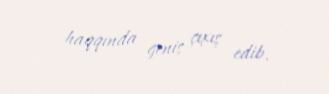
haqqında geniş çıxış edib.